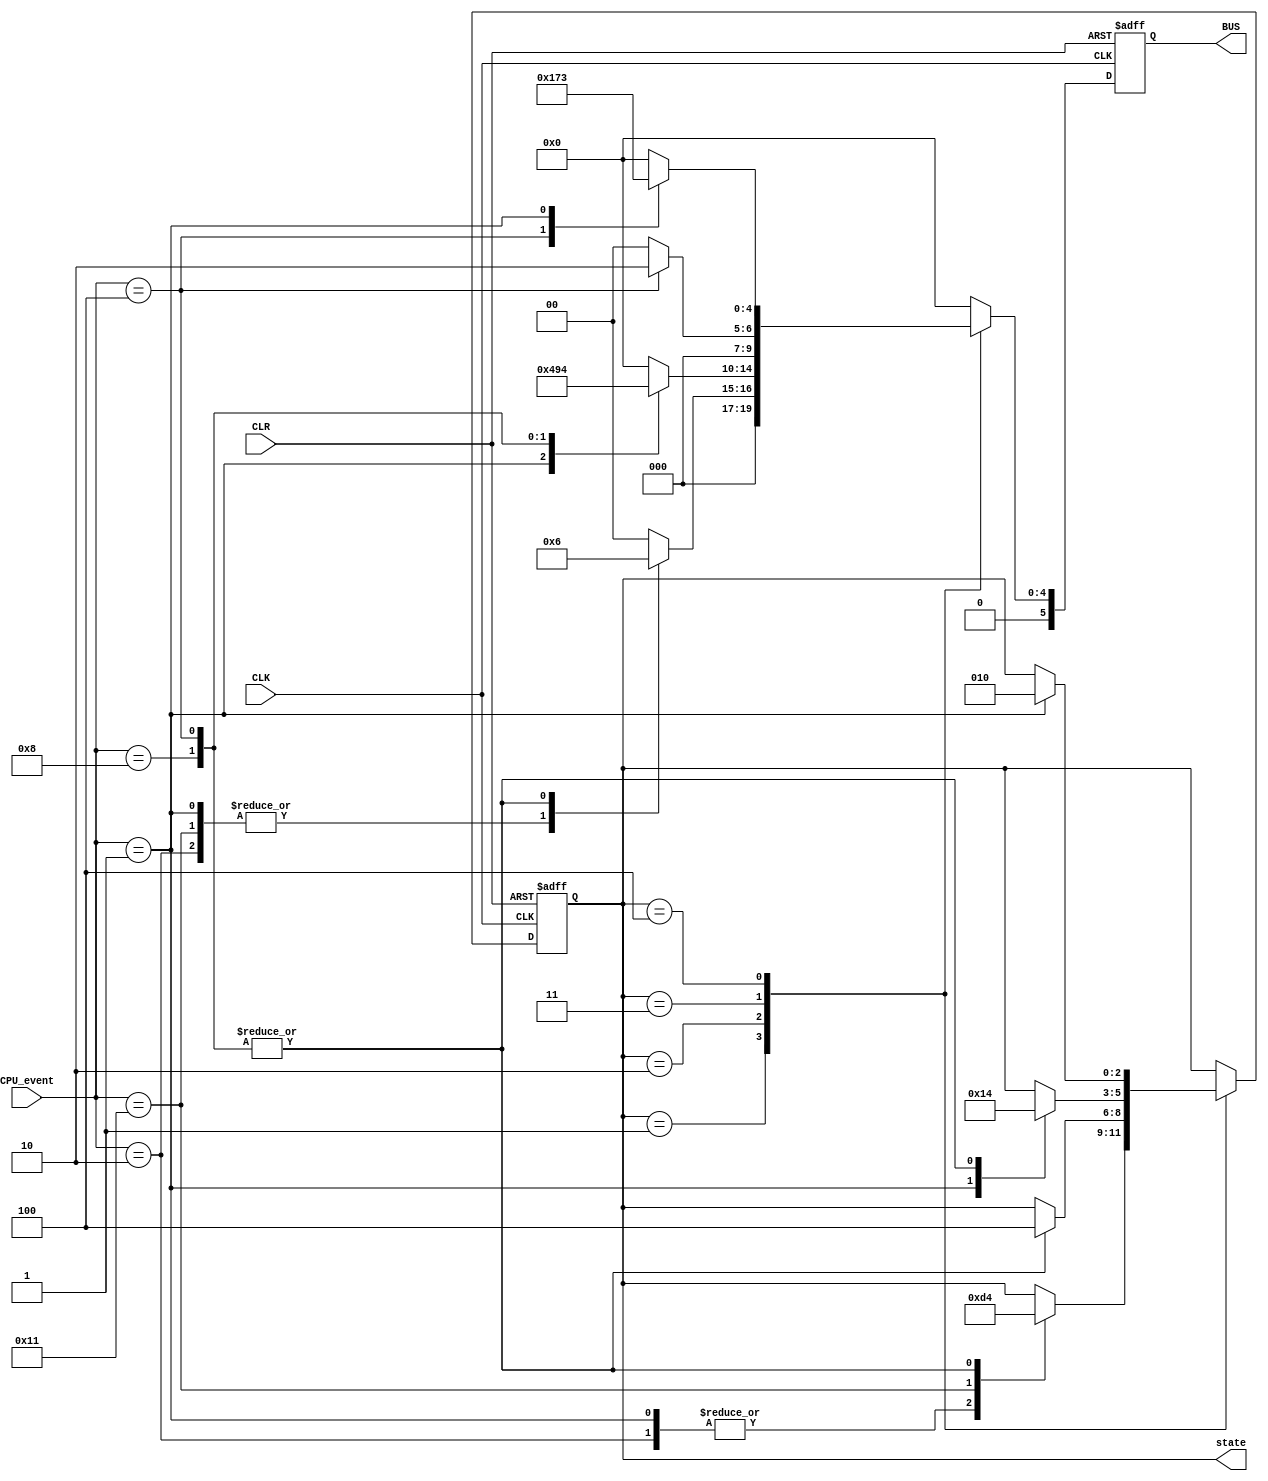
module emissor(CLK, CLR, CPU_event, state, BUS);
	input CLK, CLR;
	// Cinco bits para os eventos da CPU
	// 4 		3 		2 		1		0
	// sh    wh    wm    rh    rm
	// sendo:
	// - sh: 0 -> no shares; 1 -> other shared block (bit auxiliar)
	// - wh: 1 -> write hit
	// - wm: 1 -> write miss
	// - rh: 1 -> read hit
	// - rm: 1 -> read miss
	input [4:0] CPU_event;
	output reg [2:0] state;
	output reg [5:0] BUS;
	
	// Sinais que podem passar pelo BUS
	// 001 - read miss
	// 010 - write miss
	// 011 - write-back cache block
	// 100 - invalidate
	always @(posedge CLK, posedge CLR) begin
		if (CLR) begin
			state = 3'b001;
			BUS = 6'b000000;
		end else begin
			BUS = 6'b000000;
			case (state)
				3'b001: begin // estado invalido
					case (CPU_event)
						5'b00010: begin // CPU read hit, no shares
							state = 3'b011; // passa para o exclusive
							BUS = {3'b000, 3'b001}; // read miss
						end
						5'b00001: begin // CPU read miss, no shares
							state = 3'b011; // passa para o exclusive
							BUS = {3'b000, 3'b001}; // read miss
						end
						5'b10001: begin // CPU read miss, other shared block
							state = 3'b010; // passa para o shared
							BUS = {3'b000, 3'b001}; // read miss
						end
						5'b01000: begin // CPU write hit
							state = 3'b100; // passa para o modified
							BUS = {3'b000, 3'b010}; // write miss
						end
						5'b00100: begin // CPU write miss
							state = 3'b100; // passa para o modified
							BUS = {3'b000, 3'b010}; // write miss
						end
					endcase
				end
				3'b010: begin // estado shared
					case (CPU_event)
						5'b00010: begin // read hit
							// Nada
						end
						5'b00001: begin // read miss
							BUS = {3'b000, 3'b001}; // read miss
						end
						5'b01000: begin // write hit
							state = 3'b100; // vai para modified
							BUS = {3'b000, 3'b100}; // invalidate
						end
						5'b00100: begin // write miss
							state = 3'b100; // vai para modified
							BUS = {3'b010, 3'b100}; // write miss / invalidate
						end
					endcase
				end
				3'b011: begin // estado exclusive
					case (CPU_event)
						5'b00010: begin // read hit
							// Nada
						end
						5'b00001: begin // read miss 
							state = 3'b010; // vai para shared
						end
						5'b01000: begin // write hit
							state = 3'b100; // vai para modified
						end
						5'b00100: begin // write miss
							state = 3'b100; // vai para modified
							BUS = {3'b000, 3'b010}; // write miss
						end
					endcase
				end
				3'b100: begin // estado modified
					case (CPU_event)
						5'b00010: begin // read hit
							// Nada
						end
						5'b01000: begin // write hit
							// Nada
						end
						5'b00100: begin // write miss
							BUS = {3'b001, 3'b011}; // read miss, write-back
						end
						5'b00001: begin // read miss
							state = 3'b010;
							BUS = {3'b010, 3'b011};
						end
					endcase
				end
			endcase
		end
	end
endmodule